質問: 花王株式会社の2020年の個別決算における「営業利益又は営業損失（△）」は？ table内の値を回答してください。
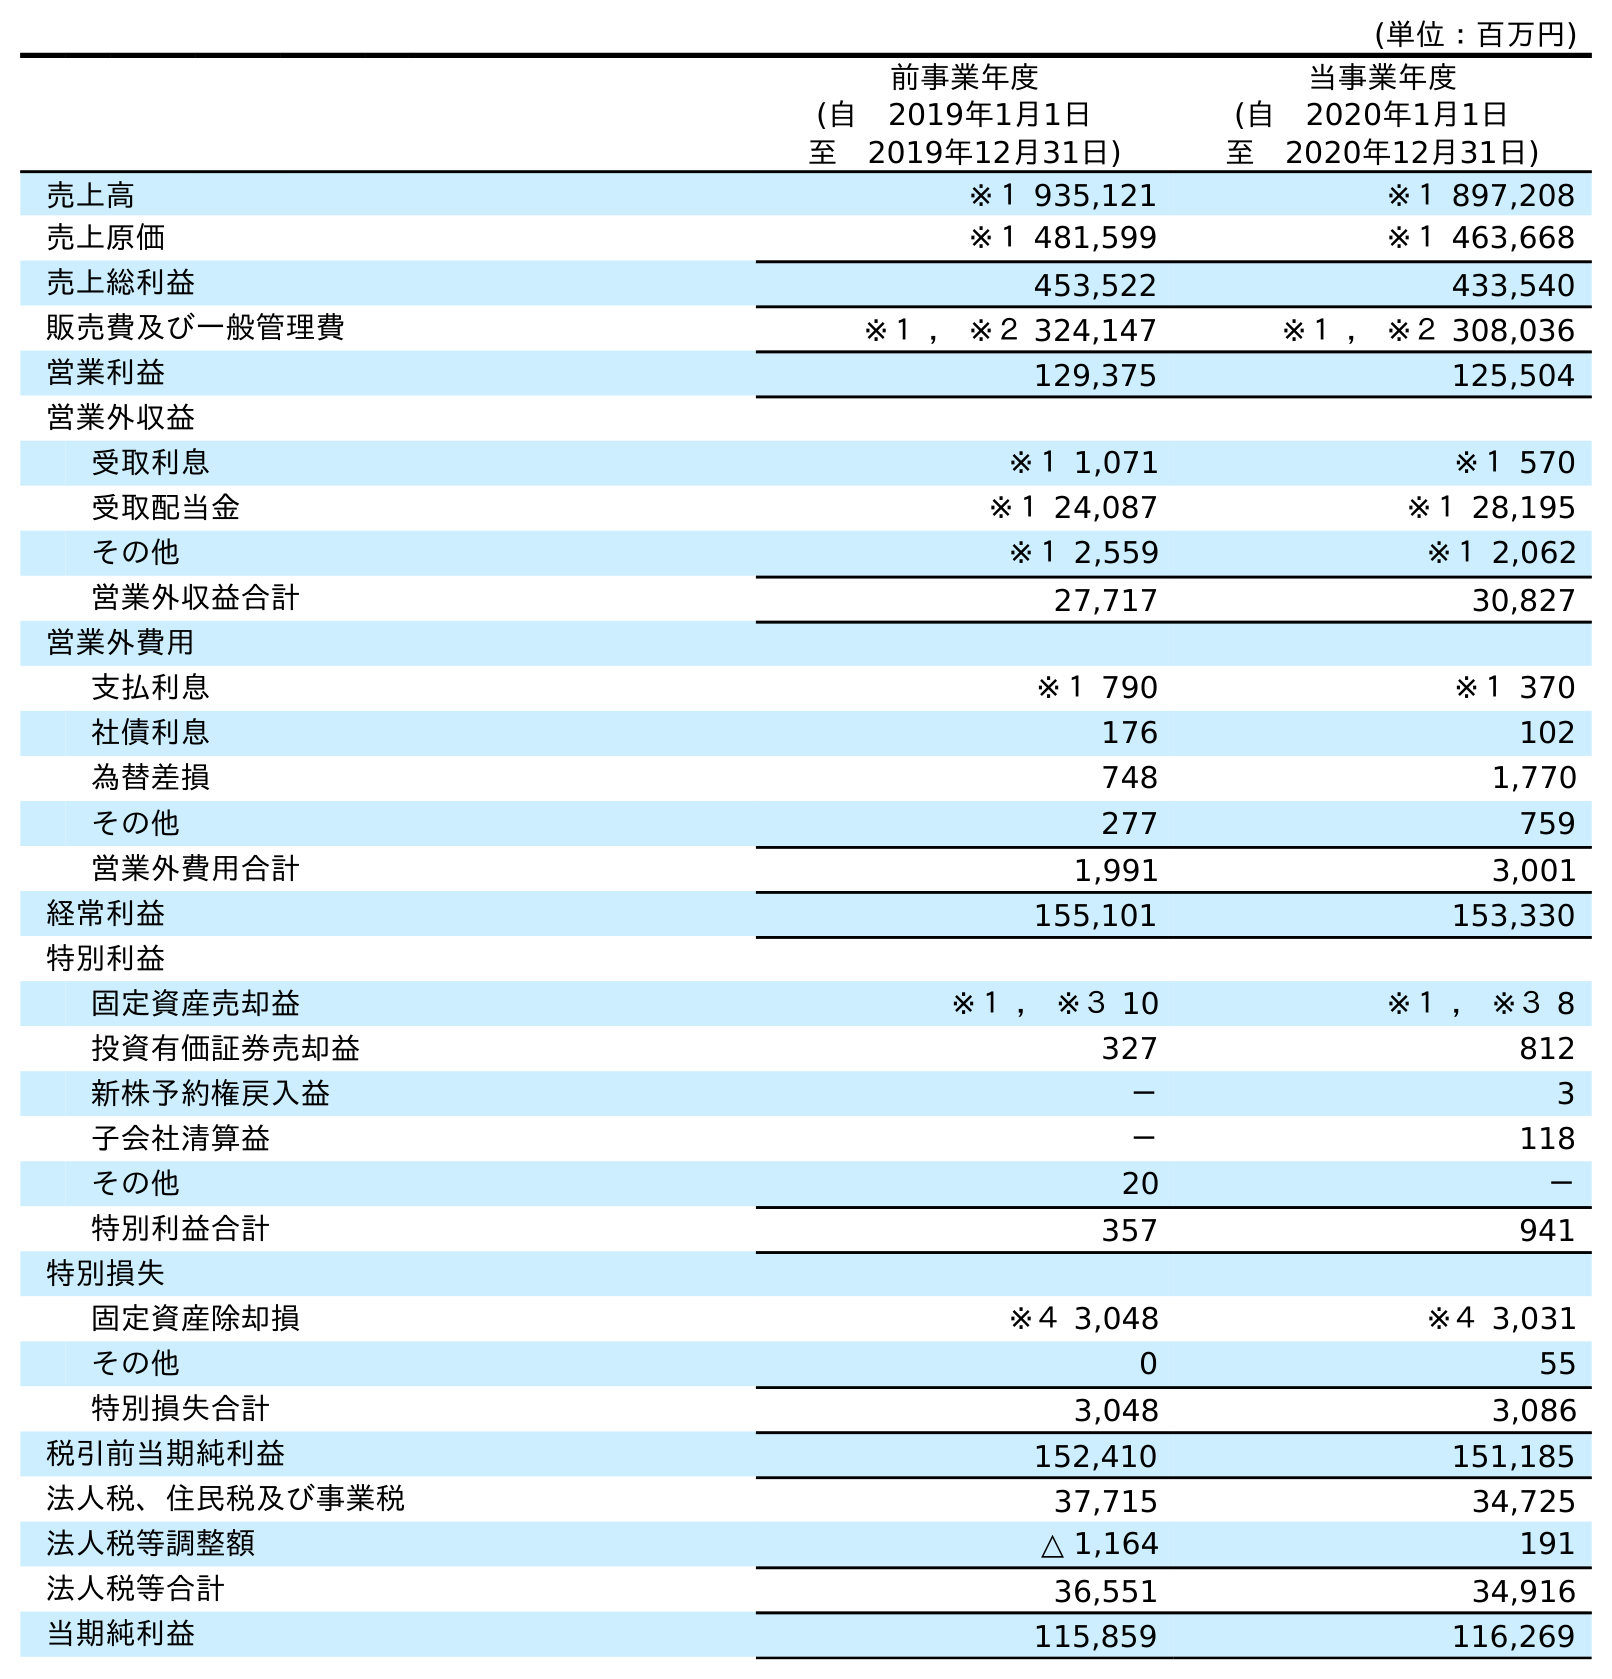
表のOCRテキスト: (単位：百万円) 前事業年度 (自 2019年1月1日 至 2019年12月31日) 当事業年度 (自 2020年1月1日 至 2020年12月31日) 売上高 ※１ 935,121 ※１ 897,208 売上原価 ※１ 481,599 ※１ 463,668 売上総利益 453,522 433,540 販売費及び一般管理費 ※１ ， ※２ 324,147 ※１ ， ※２ 308,036 営業利益 129,375 125,504 営業外収益 受取利息 ※１ 1,071 ※１ 570 受取配当金 ※１ 24,087 ※１ 28,195 その他 ※１ 2,559 ※１ 2,062 営業外収益合計 27,717 30,827 営業外費用 支払利息 ※１ 790 ※１ 370 社債利息 176 102 為替差損 748 1,770 その他 277 759 営業外費用合計 1,991 3,001 経常利益 155,101 153,330 特別利益 固定資産売却益 ※１ ， ※３ 10 ※１ ， ※３ 8 投資有価証券売却益 327 812 新株予約権戻入益 － 3 子会社清算益 － 118 その他 20 － 特別利益合計 357 941 特別損失 固定資産除却損 ※４ 3,048 ※４ 3,031 その他 0 55 特別損失合計 3,048 3,086 税引前当期純利益 152,410 151,185 法人税、住民税及び事業税 37,715 34,725 法人税等調整額 △ 1,164 191 法人税等合計 36,551 34,916 当期純利益 115,859 116,269
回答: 125,504